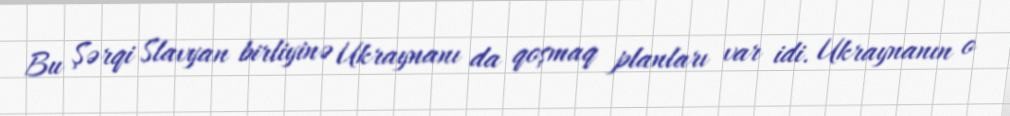
Bu Şərqi Slavyan birliyinə Ukraynanı da qoşmaq planları var idi. Ukraynanın o